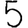
Digit: 5